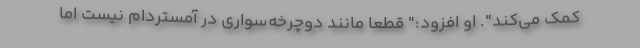
کمک می‌کند". او افزود:" قطعا مانند دوچرخه‌سواری در آمستردام نیست اما